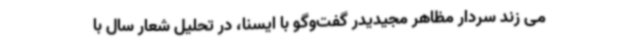
می زند سردار مظاهر مجیدیدر گفت‌وگو با ایسنا، در تحلیل شعار سال با